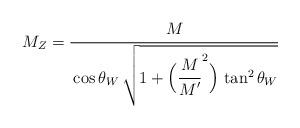
LaTeX: \begin{align*}M_Z=\frac{\strut\displaystyle M}{\strut\displaystyle\cos\theta_W\,\sqrt{1+\Bigl(\frac{\strut\displaystyle M}{\strut\displaystyle M^\prime}^2\Bigr)\,\tan^2\theta_W}}\end{align*}